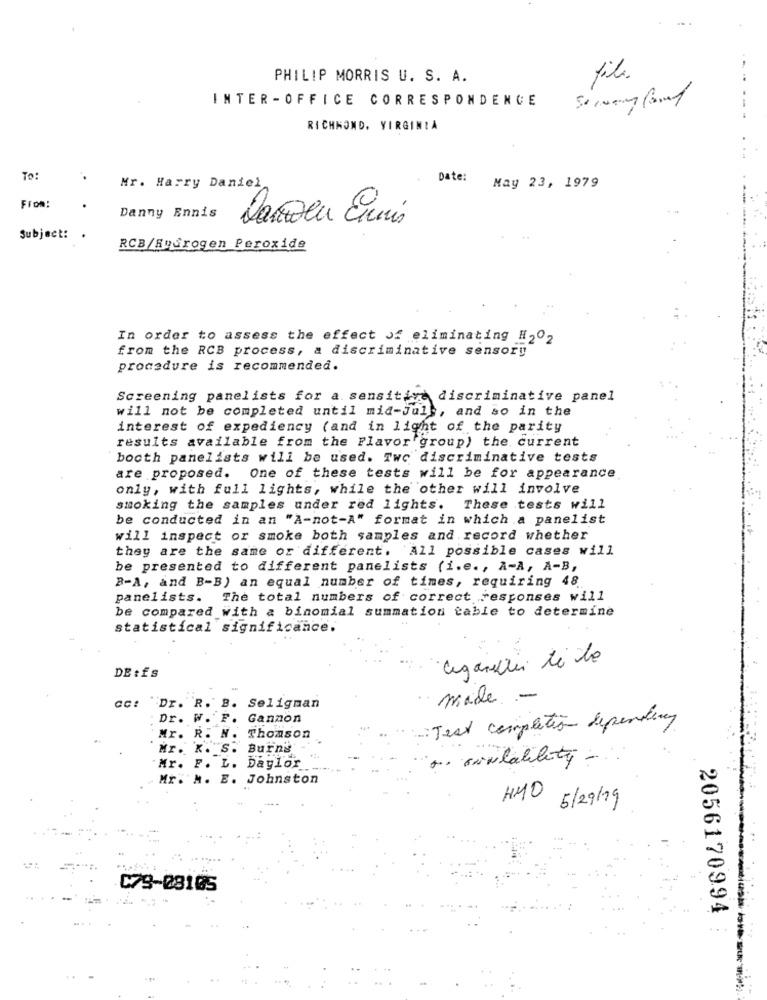
PHILIP MORRIS U. S. A.
file.
INTER -OFFICE CORRESPONDENCE
RICHMOND, VIRGINIA
To:
Date:
Mr. Harry Daniel
May 23, 1979
From:
Danny Ennis
Subject:
RCB/Hydrogen Peroxide
In order to assess the effect of eliminating H2O2
from the RCB process, a discriminative sensory
procedure is recommended.
Screening panelists for a sensitive
discriminative panel
will not be completed until mid-Jule, and so in the
interest of expediency (and in light of the parity
results available from the Flavor 'group) the current
booth panelists will be used. Two discriminative tests
are proposed. One of these tests will be for appearance
only, with full lights, while the other will involve
smoking the samples under red lights. These tests will
be conducted in an "A-not-A" format in which a panelist
will inspect or smoke both samples and record whether
they are the same or different. All possible cases will
be presented to different panelists (i.e ., A-A, A-B,
B-A, and B-B) an equal number of times, requiring 48.
panelists. The total numbers of correct responses will
be compared with a binomial summation table to determine
statistical significance.
DE:fs
madde -
Cc:
"Dr. R. B. Seligman
Dr. W. F. Gannon
: Test completion dependency
Mr. R. N. Thomson
Mr. K. S. Burns
.. sivilability
Mr. F. L. Daglor
Mr. M. E. Johnston
HMO
5/29/19
C79-08105
2056170994
...